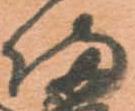
備